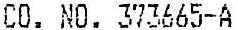
CO. NO. 373665-A